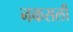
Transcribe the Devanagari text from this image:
नकसली